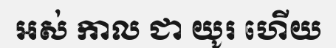
អស់ កាល ជា យូរ ហើយ